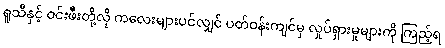
ရူသီနှင့် ဝင်းဖီးတို့လို ကလေးများပင်လျှင် ပတ်ဝန်းကျင်မှ လှုပ်ရှားမှုများကို ကြည့်ရ